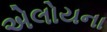
એલોયના